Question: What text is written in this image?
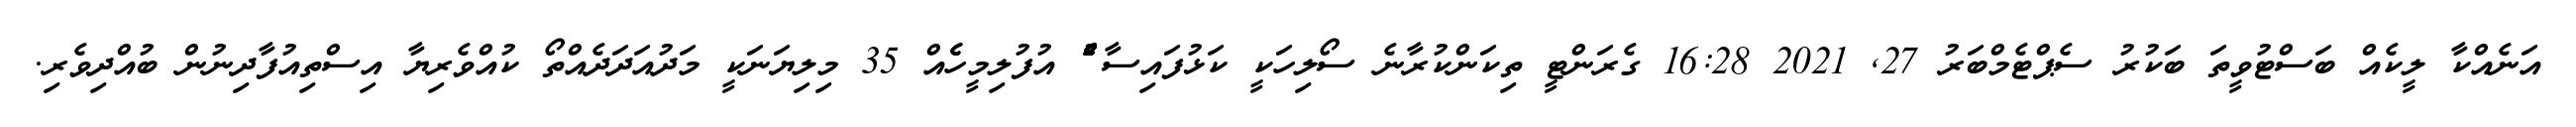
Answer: އަނެއްކާ ލީކެއް ބަސްޓުވީތަ ބަކުރު ސެޕްޓެމްބަރު 27, 2021 16:28 ގެރަންޓީ ތިކަންކުރާނެ ސޯލިހަކީ ކަޅުފައިސާ ެުެެުެުެެު އުފުލިމީހެެއް 35 މިލިޔަނަކީ މަދުއަދަދެއްތޯ ކުއްވެރިޔާ އިސްތިއުފާދިނުން ބުއްދިވެރި.